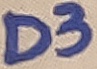
Text: D3